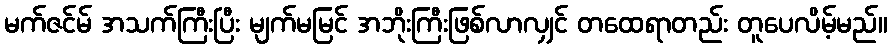
မက်ဇင်မ် အသက်ကြီးပြီး မျက်မမြင် အဘိုးကြီးဖြစ်လာလျှင် တထေရာတည်း တူပေလိမ့်မည်။